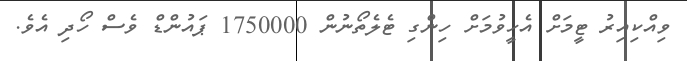
ވިއްކިއިރު ޓީމަށް އެހީވުމަށް ހިންގި ޓެލެތޯނުން 1750000 ޕައުންޑް ވެސް ހޯދި އެވެ.